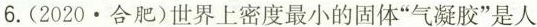
6.(2020.合肥)世界上密度最小的固体”气凝胶”是人